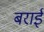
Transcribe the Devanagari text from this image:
बराईं